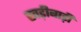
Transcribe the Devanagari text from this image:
खड़ीबाड़ी